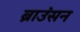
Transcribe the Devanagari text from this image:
ब्राउंसन